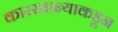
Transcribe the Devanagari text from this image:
कारखान्याकडून